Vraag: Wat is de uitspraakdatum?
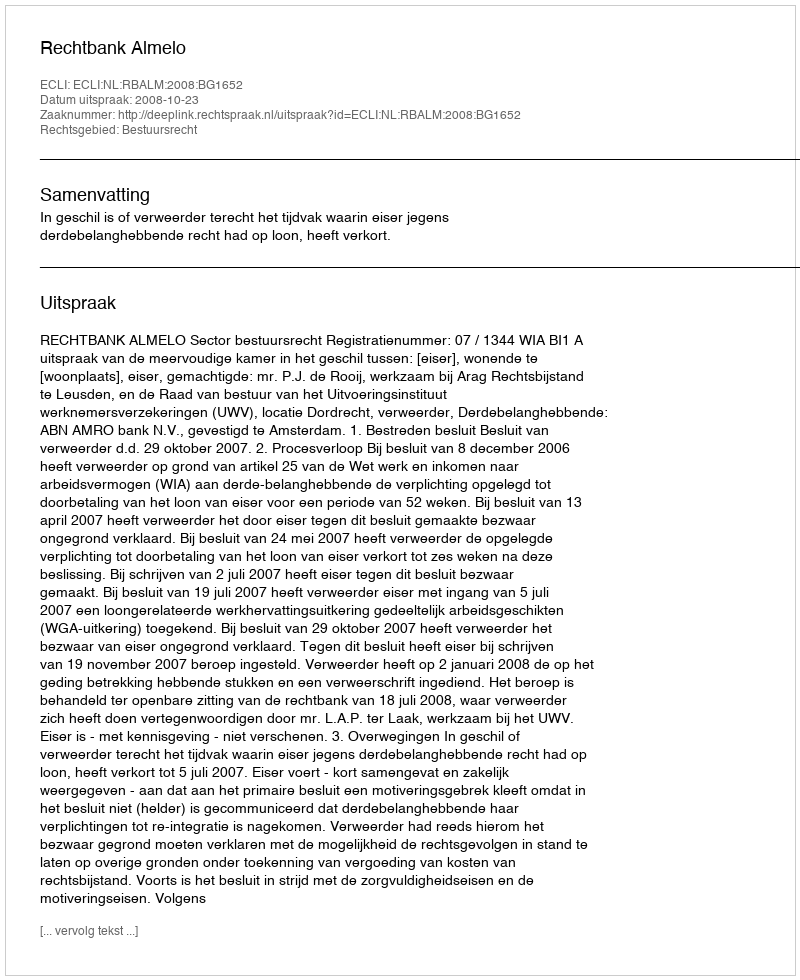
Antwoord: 2008-10-23